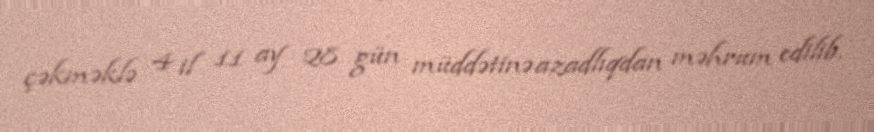
çəkməklə 4 il 11 ay 28 gün müddətinə azadlıqdan məhrum edilib.